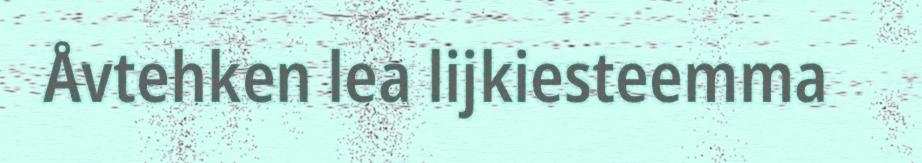
Åvtehken lea lijkiesteemma